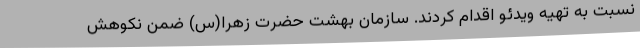
نسبت به تهیه ویدئو اقدام کردند. سازمان بهشت حضرت زهرا(س) ضمن نکوهش